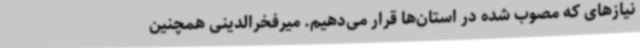
نیازهای که مصوب شده در استان‌ها قرار می‌دهیم. میرفخرالدینی همچنین